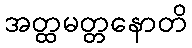
အတ္ထမတ္တနောတိ